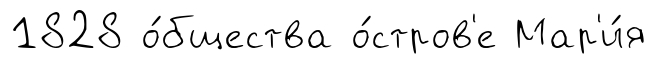
1828 о́бщества о́стров'е Мар'и́я